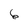
Character: 6